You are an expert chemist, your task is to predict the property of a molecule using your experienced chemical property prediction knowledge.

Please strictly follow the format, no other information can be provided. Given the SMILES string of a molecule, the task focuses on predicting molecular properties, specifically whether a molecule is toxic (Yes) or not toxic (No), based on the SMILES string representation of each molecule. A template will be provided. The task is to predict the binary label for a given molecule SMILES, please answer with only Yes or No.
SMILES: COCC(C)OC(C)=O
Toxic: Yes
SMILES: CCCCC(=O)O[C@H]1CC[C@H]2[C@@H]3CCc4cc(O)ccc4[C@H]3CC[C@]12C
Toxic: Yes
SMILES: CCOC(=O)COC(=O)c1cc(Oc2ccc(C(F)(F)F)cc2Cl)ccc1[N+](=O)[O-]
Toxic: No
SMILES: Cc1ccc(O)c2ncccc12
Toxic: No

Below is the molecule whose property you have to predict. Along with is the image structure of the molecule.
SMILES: COc1cccc(OC)c1
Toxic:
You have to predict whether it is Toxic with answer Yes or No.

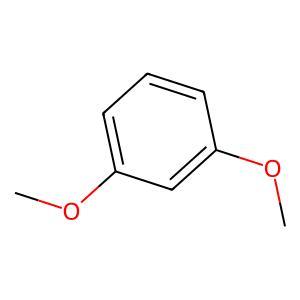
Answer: No